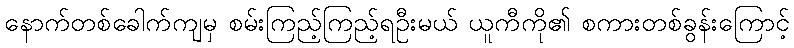
နောက်တစ်ခေါက်ကျမှ စမ်းကြည့်ကြည့်ရဦးမယ် ယူကီကို၏ စကားတစ်ခွန်းကြောင့်